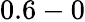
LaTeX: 0.6-0